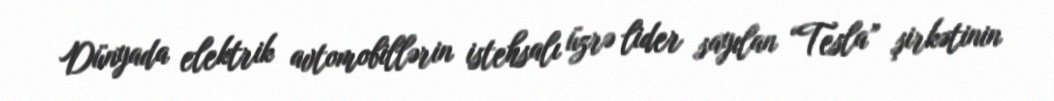
Dünyada elektrik avtomobillərin istehsalı üzrə lider sayılan “Tesla” şirkətinin